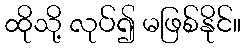
ထိုသို့ လုပ်၍ မဖြစ်နိုင်။